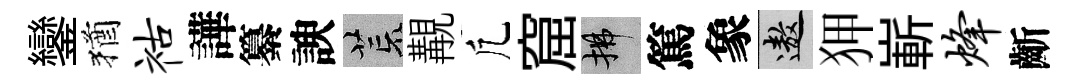
鑾猶祜譁纂諛荒覯凢窟拂篤象遨狎嶄烽齗